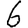
Digit: 6